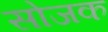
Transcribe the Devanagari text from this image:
सोजक